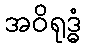
အဝိရုဒ္ဓံ